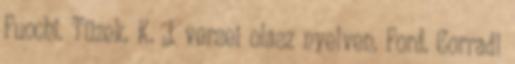
Fuochi. Tüzek. K. J. versei olasz nyelven. Ford. Corradi